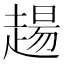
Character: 𧼮